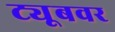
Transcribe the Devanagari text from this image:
ट्यूबवर